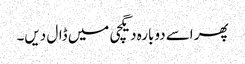
پھر اسے دوبارہ دیگچی میں ڈال دیں۔